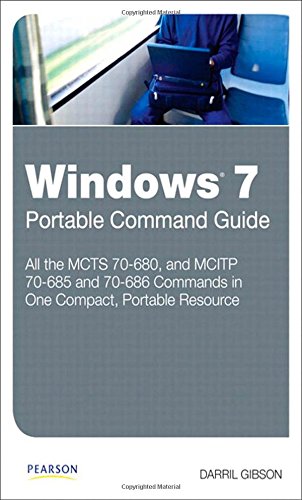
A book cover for Windows 7 Portable Command Guide: MCTS 70-680, 70-685 and 70-686; Darril Gibson; Computers & Technology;